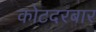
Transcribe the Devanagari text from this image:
कोटदरबार